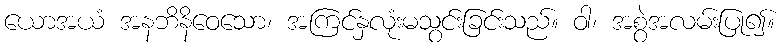
ယောအယံ အနဘိနိဝေသော၊ အကြင်နှလုံးမသွင်းခြင်းသည်။ ဝါ၊ အစွဲအလမ်းပြု၍။